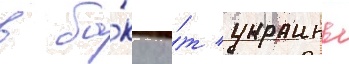
в ба́ку о́т украины